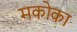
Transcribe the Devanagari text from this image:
मकोका